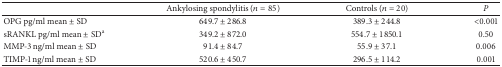
|  | Ankylosing spondylitis (n = 85) | Controls (n = 20) | P |
 | --- | --- | --- | --- |
 | OPG pg/ml mean ± SD | 649.7 ± 286.8 | 389.3 ± 244.8 | <0.001 |
 | sRANKL pg/ml mean ± SDa | 349.2 ± 872.0 | 554.7 ± 1850.1 | 0.50 |
 | MMP-3 ng/ml mean ± SD | 91.4 ± 84.7 | 55.9 ± 37.1 | 0.006 |
 | TIMP-1 ng/ml mean ± SD | 520.6 ± 450.7 | 296.5 ± 114.2 | 0.001 |